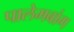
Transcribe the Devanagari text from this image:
पालेमबांग